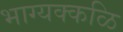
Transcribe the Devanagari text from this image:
भाग्यक्कळि